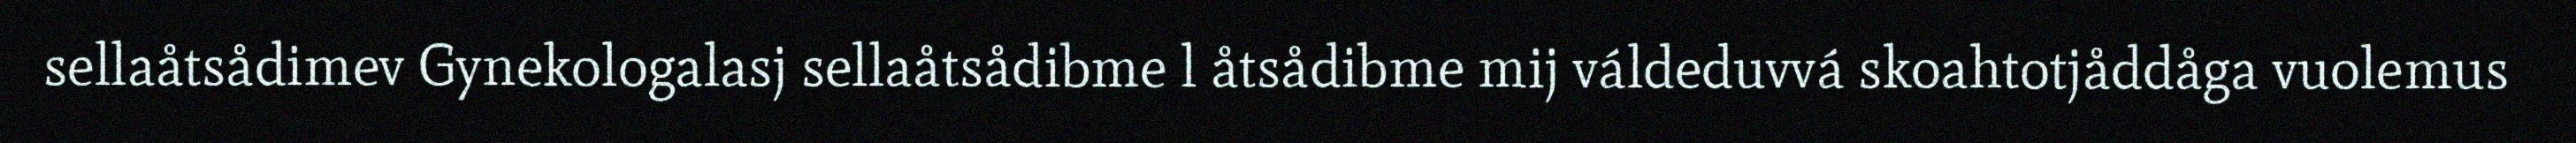
sellaåtsådimev Gynekologalasj sellaåtsådibme l åtsådibme mij váldeduvvá skoahtotjåddåga vuolemus